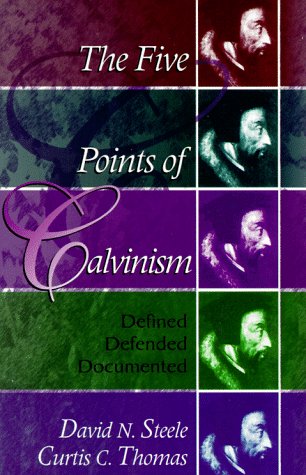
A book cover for The Five Points of Calvinism: Defined, Defended, Documented; David N. Steele; Christian Books & Bibles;